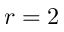
r = 2